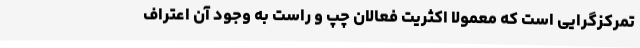
تمرکزگرایی است که معمولا اکثریت فعالان چپ و راست به وجود آن اعتراف